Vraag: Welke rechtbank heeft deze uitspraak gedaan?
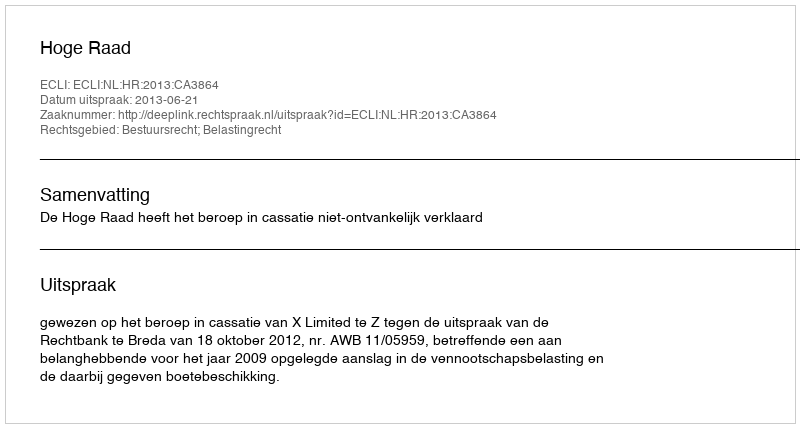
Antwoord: Hoge Raad